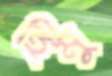
হিমু